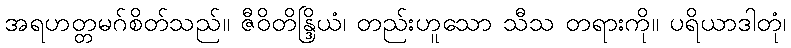
အရဟတ္တမဂ်စိတ်သည်။ ဇီဝိတိန္ဒြိယံ၊ တည်းဟူသော သီသ တရားကို။ ပရိယာဒါတုံ၊